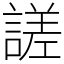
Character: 𧪘